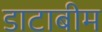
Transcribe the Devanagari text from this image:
डाटाबीम